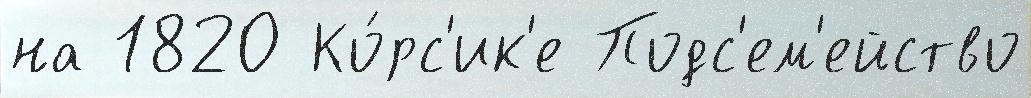
на 1820 Ко́рс'ик'е Подс'ем'ейство